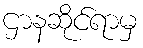
ဌာနဆိုင်ရာမှ